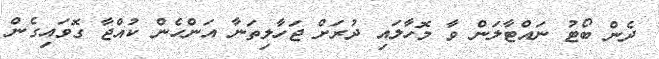
ދެން ބޯޓު ނައްޓާލަން ވާ މޮހާލައި ދުރަށް ޖަހާލިތަނާ އަންހެން ކުއްޖާ ގޮވައިގެން